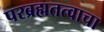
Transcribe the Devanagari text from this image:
परब्रह्मतत्वाचा